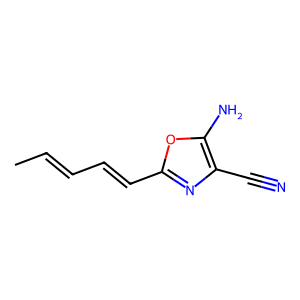
SMILES: CC=CC=Cc1nc(C#N)c(N)o1
Inhibits HIV replication: No